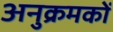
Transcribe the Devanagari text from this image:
अनुक्रमकों